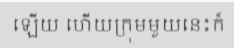
ឡើយ ហើយក្រុមមួយនេះក៏